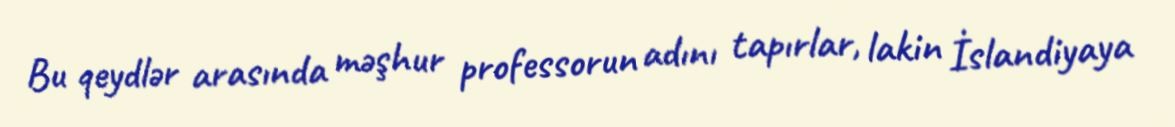
Bu qeydlər arasında məşhur professorun adını tapırlar, lakin İslandiyaya